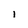
Character: i